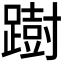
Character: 𨅒